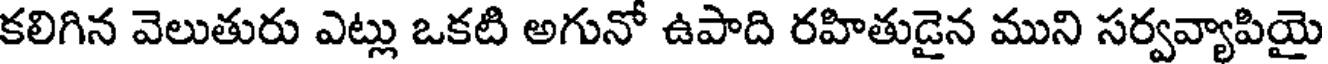
కలిగిన వెలుతురు ఎట్లు ఒకటి అగునో ఉపాది రహితుడైన ముని సర్వవ్యాపియై